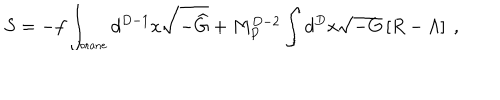
S = - f \int _ { \mathrm { { \small b r a n e } } } d ^ { D - 1 } x \sqrt { - { \widehat G } } + M _ { P } ^ { D - 2 } \int d ^ { D } x \sqrt { - G } \left[ R - \Lambda \right] ~ ,